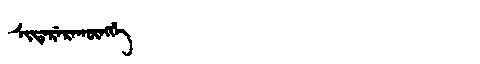
Manchu: ᠰᡳᡩᡝᡵᡝᡵᠠᡴᡡᠩᡤᡝ
Romanization: SIDERERAKŪNGGE